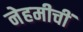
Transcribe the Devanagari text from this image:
नेहमीचीं